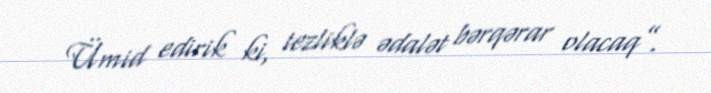
Ümid edirik ki, tezliklə ədalət bərqərar olacaq”.